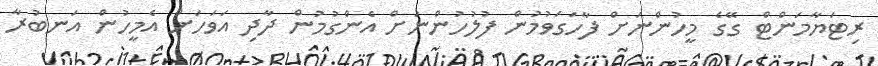
ރިޓަޔާމަންޓް ގޭގެ މީހުންނަށް ފާހަގަވުމުން ފުލުހުންނަށް އެންގުމުން ދާދި އަވަހަށް އެމީހުން އަނބުރާ